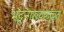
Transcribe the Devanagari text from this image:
भट्टनारायणकृत